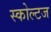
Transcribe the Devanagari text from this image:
स्कोल्टज